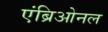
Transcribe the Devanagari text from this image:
एंब्रिओनल